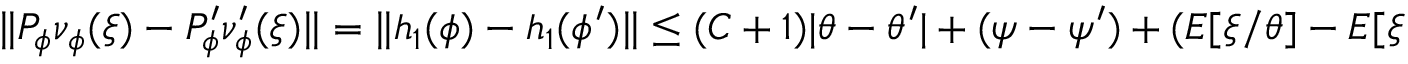
\begin{array} { r } { \| P _ { \phi } \nu _ { \phi } ( \xi ) - P _ { \phi } ^ { \prime } \nu _ { \phi } ^ { \prime } ( \xi ) \| = \| h _ { 1 } ( \phi ) - h _ { 1 } ( \phi ^ { \prime } ) \| \le ( C + 1 ) | \theta - \theta ^ { \prime } | + ( \psi - \psi ^ { \prime } ) + ( E [ \xi / \theta ] - E [ \xi / \theta ^ { \prime } ] ) = C _ { 4 } ( 1 + | \xi | ^ { q _ { 4 } } ) . } \end{array}